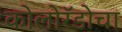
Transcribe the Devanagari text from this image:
कोलोरॅडोचा